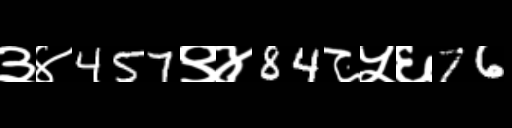
Text: ३४457९४84८५६76